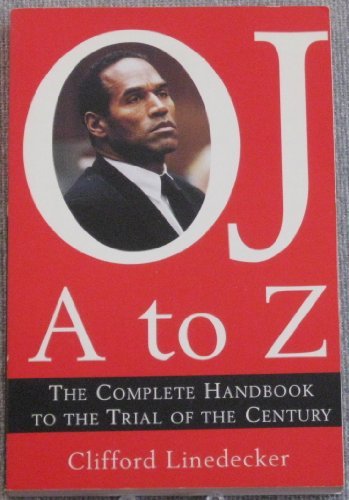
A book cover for O.J. A to Z: The Complete Handbook to the Trial of the Century; Clifford L. Linedecker; Humor & Entertainment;